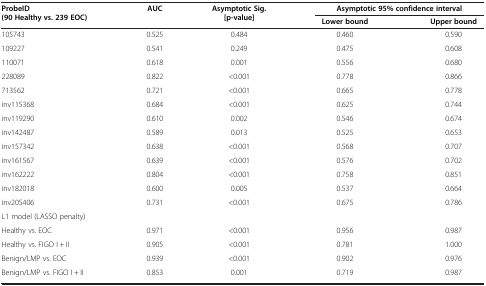
| <ROWSPAN=2> ProbeID (90 Healthy vs. 239 EOC) | <ROWSPAN=2> AUC | <ROWSPAN=2> Asymptotic Sig. [p-value] | <COLSPAN=2> Asymptotic 95% confidence interval |
 | Lower bound | Upper bound |
 | --- | --- | --- | --- | --- |
 | 105743 | 0.525 | 0.484 | 0.460 | 0.590 |
 | 109227 | 0.541 | 0.249 | 0.475 | 0.608 |
 | 110071 | 0.618 | 0.001 | 0.556 | 0.680 |
 | 228089 | 0.822 | <0.001 | 0.778 | 0.866 |
 | 713562 | 0.721 | <0.001 | 0.665 | 0.778 |
 | inv115368 | 0.684 | <0.001 | 0.625 | 0.744 |
 | inv119290 | 0.610 | 0.002 | 0.546 | 0.674 |
 | inv142487 | 0.589 | 0.013 | 0.525 | 0.653 |
 | inv157342 | 0.638 | <0.001 | 0.568 | 0.707 |
 | inv161567 | 0.639 | <0.001 | 0.576 | 0.702 |
 | inv162222 | 0.804 | <0.001 | 0.758 | 0.851 |
 | inv182018 | 0.600 | 0.005 | 0.537 | 0.664 |
 | inv205406 | 0.731 | <0.001 | 0.675 | 0.786 |
 | L1 model (LASSO penalty) |  |  |  |  |
 | Healthy vs. EOC | 0.971 | <0.001 | 0.956 | 0.987 |
 | Healthy vs. FIGO I + II | 0.905 | <0.001 | 0.781 | 1.000 |
 | Benign/LMP vs. EOC | 0.939 | <0.001 | 0.902 | 0.976 |
 | Benign/LMP vs. FIGO I + II | 0.853 | 0.001 | 0.719 | 0.987 |